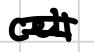
Text: cell
Cross-out: mix
Writing tool: digital_black